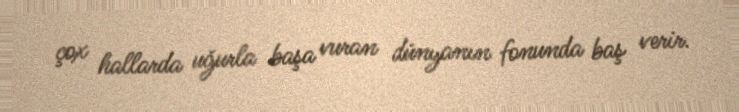
çox hallarda uğurla başa vuran dünyanın fonunda baş verir.